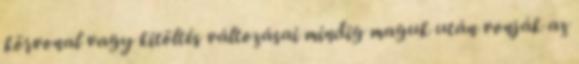
körvonal vagy kitöltés változásai mindig maguk után vonják az